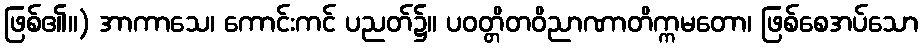
ဖြစ်၏။) အာကာသေ၊ ကောင်းကင် ပညတ်၌။ ပဝတ္တိတဝိညာဏာတိက္ကမတော၊ ဖြစ်စေအပ်သော